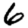
Digit: 6